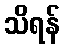
သိရန်